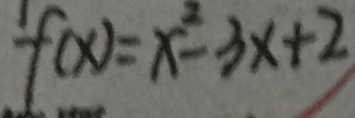
f ( x ) = x ^ { 2 } - 3 x + 2